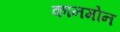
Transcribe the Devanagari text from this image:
कानमोन